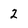
Character: 2